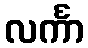
လင်္ကာ